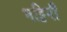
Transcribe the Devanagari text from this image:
भट्टिनी